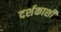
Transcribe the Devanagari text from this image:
दर्शकाशी